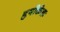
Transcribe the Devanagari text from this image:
हृषीकेशः